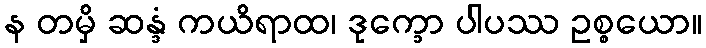
န တမှိ ဆန္ဒံ ကယိရာထ၊ ဒုက္ခော ပါပဿ ဥစ္စယော။